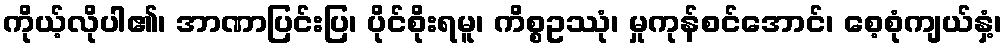
ကိုယ့်လိုပါ၏၊ အာဏာပြင်းပြ၊ ပိုင်စိုးရမူ၊ ကိစ္စဥဿုံ၊ မှုကုန်စင်အောင်၊ စေ့စုံကျယ်နှံ့၊